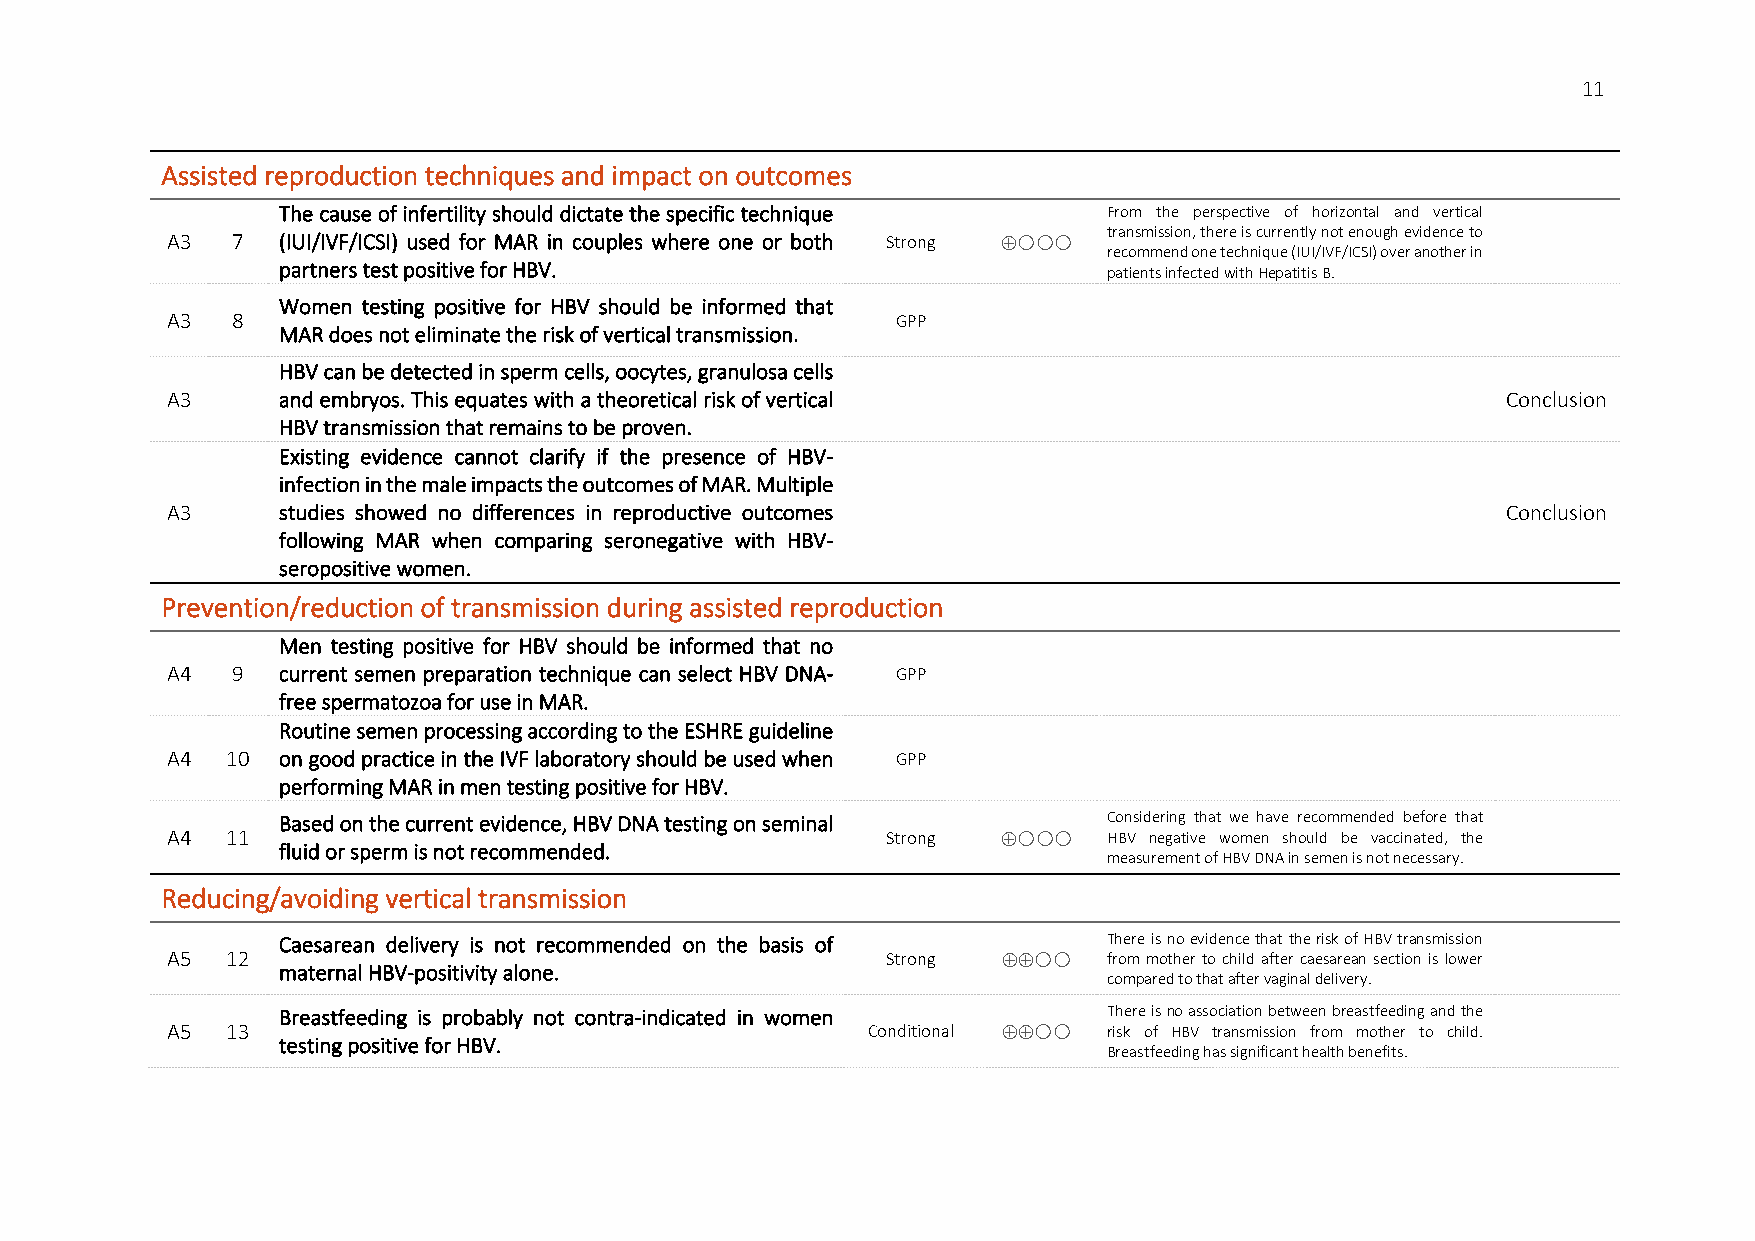
11
 Assisted reproduction techniques and impact on outcomes
 The cause of infertility should dictate the specific technique From the perspective of horizontal and vertical
 transmission, there is currently not enough evidence to
 A3  7  (IUI/IVF/ICSI) used for MAR in couples where one or both Strong ⊕
 recommend one technique (IUI/IVF/ICSI) over another in
 partners test positive for HBV.                        patients infected with Hepatitis B.
 Women testing positive for HBV should be informed that
 A3  8                                           GPP
 MAR does not eliminate the risk of vertical transmission.
 HBV can be detected in sperm cells, oocytes, granulosa cells
 A3     and embryos. This equates with a theoretical risk of vertical                     Conclusion
 HBV transmission that remains to be proven.
 Existing evidence cannot clarify if the presence of HBV-
 infection in the male impacts the outcomes of MAR. Multiple
 A3     studies showed no differences in reproductive outcomes                            Conclusion
 following MAR when comparing seronegative with HBV-
 seropositive women.
 Prevention/reduction of transmission during assisted reproduction
 Men testing positive for HBV should be informed that no
 A4  9  current semen preparation technique can select HBV DNA- GPP
 free spermatozoa for use in MAR.
 Routine semen processing according to the ESHRE guideline
 A4  10 on good practice in the IVF laboratory should be used when GPP
 performing MAR in men testing positive for HBV.
 Based on the current evidence, HBV DNA testing on seminal Considering that we have recommended before that
 A4  11                                          Strong ⊕   HBV negative women should be vaccinated, the
 fluid or sperm is not recommended.
 measurement of HBV DNA in semen is not necessary.
 Reducing/avoiding vertical transmission
 Caesarean delivery is not recommended on the basis of  There is no evidence that the risk of HBV transmission
 A5  12                                          Strong ⊕⊕   from mother to child after caesarean section is lower
 maternal HBV-positivity alone.
 compared to that after vaginal delivery.
 Breastfeeding is probably not contra-indicated in women There is no association between breastfeeding and the
 A5  13                                        Conditional ⊕⊕ risk of HBV transmission from mother to child.
 testing positive for HBV.
 Breastfeeding has significant health benefits.